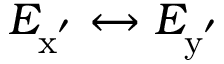
E _ { \mathrm { x ^ { ' } } } \leftrightarrow E _ { \mathrm { y ^ { ' } } }